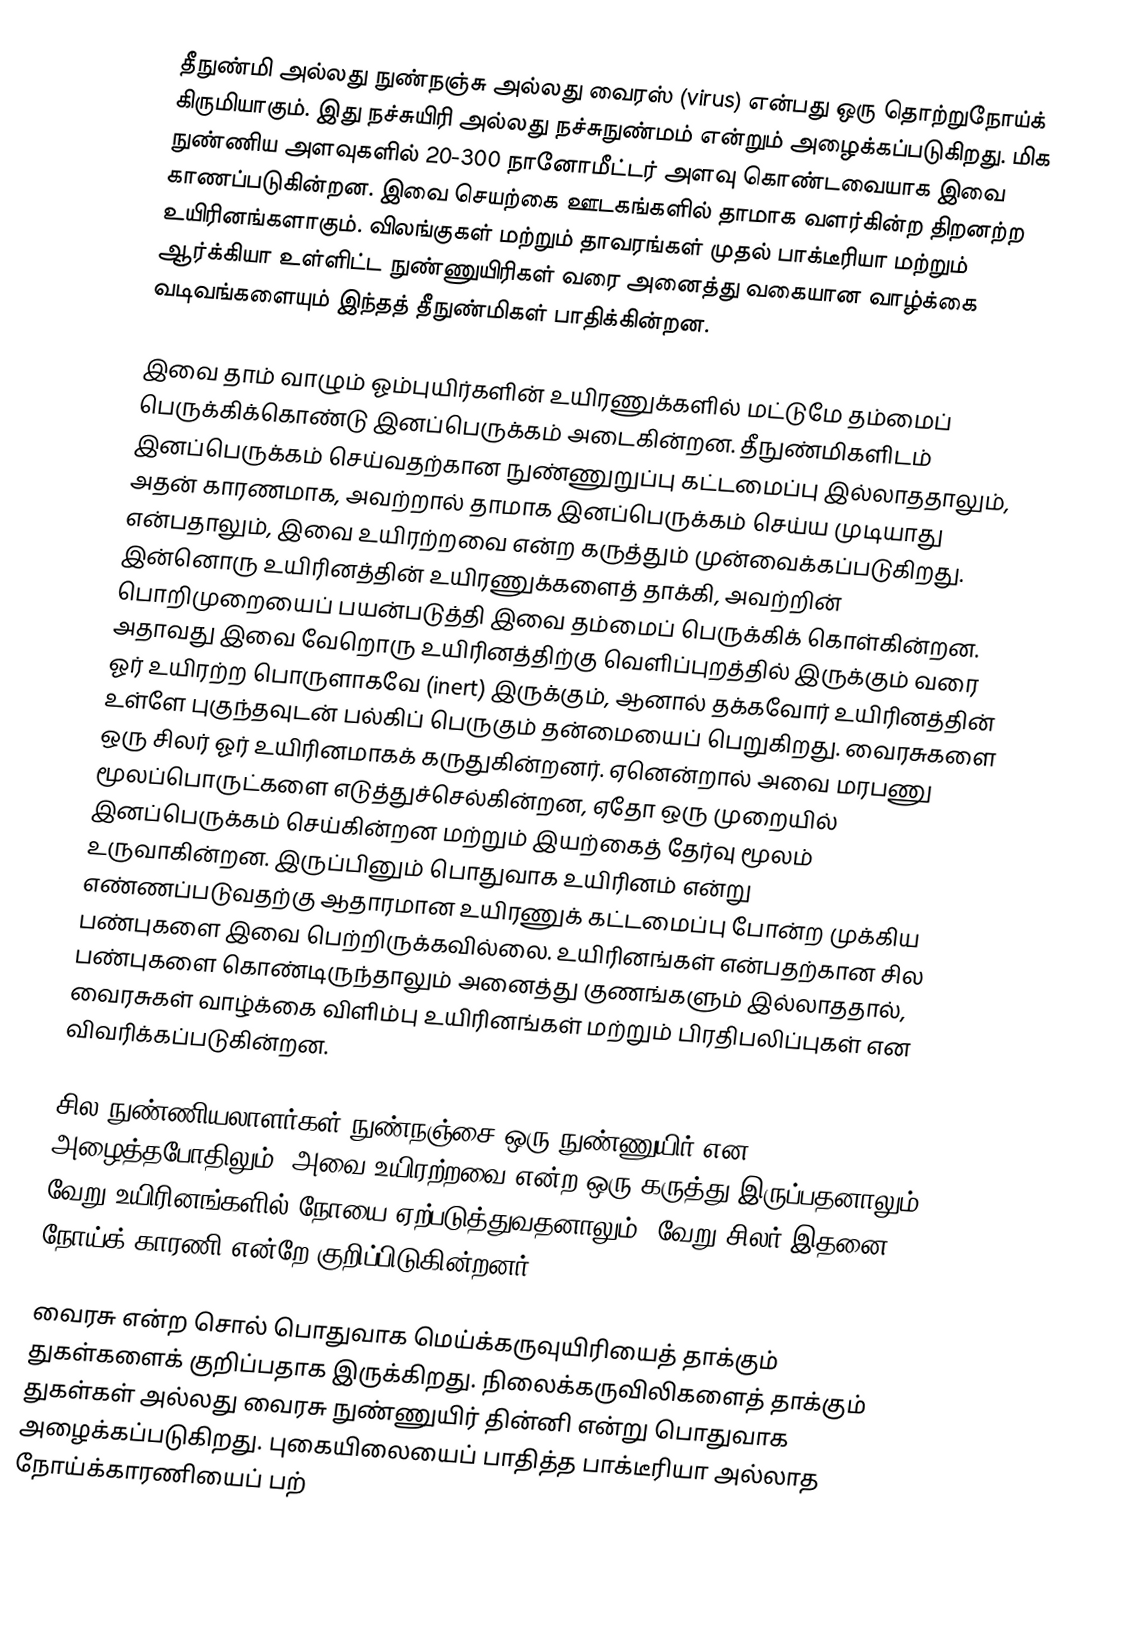
தீநுண்மி அல்லது நுண்நஞ்சு அல்லது வைரஸ் (virus) என்பது ஒரு தொற்றுநோய்க் கிருமியாகும். இது நச்சுயிரி அல்லது நச்சுநுண்மம் என்றும் அழைக்கப்படுகிறது. மிக நுண்ணிய அளவுகளில் 20-300 நானோமீட்டர் அளவு கொண்டவையாக இவை காணப்படுகின்றன. இவை செயற்கை ஊடகங்களில் தாமாக வளர்கின்ற திறனற்ற உயிரினங்களாகும். விலங்குகள் மற்றும் தாவரங்கள் முதல் பாக்டீரியா மற்றும் ஆர்க்கியா உள்ளிட்ட நுண்ணுயிரிகள் வரை அனைத்து வகையான வாழ்க்கை வடிவங்களையும் இந்தத் தீநுண்மிகள் பாதிக்கின்றன.

இவை தாம் வாழும் ஓம்புயிர்களின் உயிரணுக்களில் மட்டுமே தம்மைப் பெருக்கிக்கொண்டு இனப்பெருக்கம் அடைகின்றன.  தீநுண்மிகளிடம் இனப்பெருக்கம் செய்வதற்கான நுண்ணுறுப்பு கட்டமைப்பு இல்லாததாலும், அதன் காரணமாக, அவற்றால் தாமாக இனப்பெருக்கம் செய்ய முடியாது என்பதாலும், இவை உயிரற்றவை என்ற கருத்தும் முன்வைக்கப்படுகிறது. இன்னொரு உயிரினத்தின் உயிரணுக்களைத் தாக்கி, அவற்றின் பொறிமுறையைப் பயன்படுத்தி இவை தம்மைப் பெருக்கிக் கொள்கின்றன. அதாவது இவை வேறொரு உயிரினத்திற்கு வெளிப்புறத்தில் இருக்கும் வரை ஓர் உயிரற்ற பொருளாகவே (inert) இருக்கும், ஆனால் தக்கவோர் உயிரினத்தின் உள்ளே புகுந்தவுடன் பல்கிப் பெருகும் தன்மையைப் பெறுகிறது. வைரசுகளை ஒரு சிலர் ஓர் உயிரினமாகக் கருதுகின்றனர். ஏனென்றால் அவை மரபணு மூலப்பொருட்களை எடுத்துச்செல்கின்றன, ஏதோ ஒரு முறையில் இனப்பெருக்கம் செய்கின்றன மற்றும் இயற்கைத் தேர்வு மூலம் உருவாகின்றன. இருப்பினும் பொதுவாக உயிரினம் என்று எண்ணப்படுவதற்கு ஆதாரமான உயிரணுக் கட்டமைப்பு போன்ற முக்கிய பண்புகளை இவை பெற்றிருக்கவில்லை. உயிரினங்கள் என்பதற்கான சில பண்புகளை கொண்டிருந்தாலும் அனைத்து குணங்களும் இல்லாததால், வைரசுகள் வாழ்க்கை விளிம்பு உயிரினங்கள் மற்றும் பிரதிபலிப்புகள் என விவரிக்கப்படுகின்றன.

சில நுண்ணியலாளர்கள் நுண்நஞ்சை ஒரு நுண்ணுயிர் என அழைத்தபோதிலும், அவை உயிரற்றவை என்ற ஒரு கருத்து இருப்பதனாலும், வேறு உயிரினங்களில் நோயை ஏற்படுத்துவதனாலும், வேறு சிலர் இதனை நோய்க் காரணி என்றே குறிப்பிடுகின்றனர்.

வைரசு என்ற சொல் பொதுவாக மெய்க்கருவுயிரியைத் தாக்கும் துகள்களைக் குறிப்பதாக இருக்கிறது. நிலைக்கருவிலிகளைத் தாக்கும் துகள்கள் அல்லது வைரசு நுண்ணுயிர் தின்னி என்று பொதுவாக அழைக்கப்படுகிறது. புகையிலையைப் பாதித்த பாக்டீரியா அல்லாத நோய்க்காரணியைப் பற்